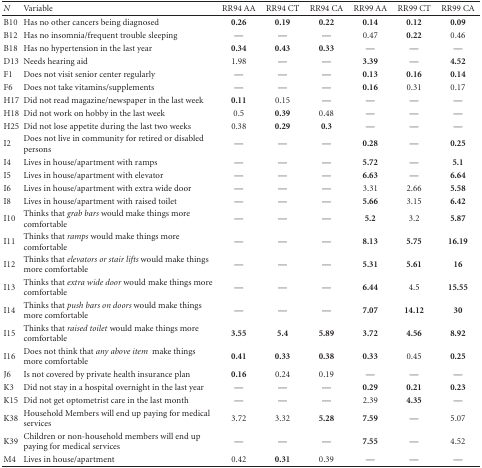
<table><thead><tr><td><b><i>N</i></b></td><td><b>Variable</b></td><td><b>RR94 AA</b></td><td><b>RR94 CT</b></td><td><b>RR94 CA</b></td><td><b>RR99 AA</b></td><td><b>RR99 CT</b></td><td><b>RR99 CA</b></td></tr></thead><tbody><tr><td>B10</td><td>Has no other cancers being diagnosed</td><td><b>0.26</b></td><td><b>0.19</b></td><td><b>0.22</b></td><td><b>0.14</b></td><td><b>0.12</b></td><td><b>0.09</b></td></tr><tr><td>B12</td><td>Has no insomnia/frequent trouble sleeping</td><td>—</td><td>—</td><td>—</td><td>0.47</td><td><b>0.22</b></td><td>0.46</td></tr><tr><td>B18</td><td>Has no hypertension in the last year</td><td><b>0.34</b></td><td><b>0.43</b></td><td><b>0.33</b></td><td>—</td><td>—</td><td>—</td></tr><tr><td>D13</td><td>Needs hearing aid</td><td>1.98</td><td>—</td><td>—</td><td><b>3.39</b></td><td>—</td><td><b>4.52</b></td></tr><tr><td>F1</td><td>Does not visit senior center regularly</td><td>—</td><td>—</td><td>—</td><td><b>0.13</b></td><td><b>0.16</b></td><td><b>0.14</b></td></tr><tr><td>F6</td><td>Does not take vitamins/supplements</td><td>—</td><td>—</td><td>—</td><td><b>0.16</b></td><td>0.31</td><td>0.17</td></tr><tr><td>H17</td><td>Did not read magazine/newspaper in the last week</td><td><b>0.11</b></td><td>0.15</td><td>—</td><td>—</td><td>—</td><td>—</td></tr><tr><td>H18</td><td>Did not work on hobby in the last week</td><td>0.5</td><td><b>0.39</b></td><td>0.48</td><td>—</td><td>—</td><td>—</td></tr><tr><td>H25</td><td>Did not lose appetite during the last two weeks</td><td>0.38</td><td><b>0.29</b></td><td><b>0.3</b></td><td>—</td><td>—</td><td>—</td></tr><tr><td>I2</td><td>Does not live in community for retired or disabled persons</td><td>—</td><td>—</td><td>—</td><td><b>0.28</b></td><td>—</td><td><b>0.25</b></td></tr><tr><td>I4</td><td>Lives in house/apartment with ramps</td><td>—</td><td>—</td><td>—</td><td><b>5.72</b></td><td>—</td><td><b>5.1</b></td></tr><tr><td>I5</td><td>Lives in house/apartment with elevator</td><td>—</td><td>—</td><td>—</td><td><b>6.63</b></td><td>—</td><td><b>6.64</b></td></tr><tr><td>I6</td><td>Lives in house/apartment with extra wide door</td><td>—</td><td>—</td><td>—</td><td>3.31</td><td>2.66</td><td><b>5.58</b></td></tr><tr><td>I8</td><td>Lives in house/apartment with raised toilet</td><td>—</td><td>—</td><td>—</td><td><b>5.66</b></td><td>3.15</td><td><b>6.42</b></td></tr><tr><td>I10</td><td>Thinks that <i>grab bars</i> would make things more comfortable</td><td>—</td><td>—</td><td>—</td><td><b>5.2</b></td><td>3.2</td><td><b>5.87</b></td></tr><tr><td>I11</td><td>Thinks that <i>ramps</i> would make things more comfortable</td><td>—</td><td>—</td><td>—</td><td><b>8.13</b></td><td><b>5.75</b></td><td><b>16.19</b></td></tr><tr><td>I12</td><td>Thinks that <i>elevators or stair lifts</i> would make things more comfortable</td><td>—</td><td>—</td><td>—</td><td><b>5.31</b></td><td><b>5.61</b></td><td><b>16</b></td></tr><tr><td>I13</td><td>Thinks that <i>extra wide door</i> would make things more comfortable</td><td>—</td><td>—</td><td>—</td><td><b>6.44</b></td><td>4.5</td><td><b>15.55</b></td></tr><tr><td>I14</td><td>Thinks that <i>push bars on doors</i> would make things more comfortable</td><td>—</td><td>—</td><td>—</td><td><b>7.07</b></td><td><b>14.12</b></td><td><b>30</b></td></tr><tr><td>I15</td><td>Thinks that <i>raised toilet </i>would make things more comfortable</td><td><b>3.55</b></td><td><b>5.4</b></td><td><b>5.89</b></td><td><b>3.72</b></td><td><b>4.56</b></td><td><b>8.92</b></td></tr><tr><td>I16</td><td>Does not think that <i>any above item </i> make things more comfortable</td><td><b>0.41</b></td><td><b>0.33</b></td><td><b>0.38</b></td><td><b>0.33</b></td><td>0.45</td><td><b>0.25</b></td></tr><tr><td>J6</td><td>Is not covered by private health insurance plan</td><td><b>0.16</b></td><td>0.24</td><td>0.19</td><td>—</td><td>—</td><td>—</td></tr><tr><td>K3</td><td>Did not stay in a hospital overnight in the last year</td><td>—</td><td>—</td><td>—</td><td><b>0.29</b></td><td><b>0.21</b></td><td><b>0.23</b></td></tr><tr><td>K15</td><td>Did not get optometrist care in the last month</td><td>—</td><td>—</td><td>—</td><td>2.39</td><td><b>4.35</b></td><td>—</td></tr><tr><td>K38</td><td>Household Members will end up paying for medical services</td><td>3.72</td><td>3.32</td><td><b>5.28</b></td><td><b>7.59</b></td><td>—</td><td>5.07</td></tr><tr><td>K39</td><td>Children or non-household members will end up paying for medical services</td><td>—</td><td>—</td><td>—</td><td><b>7.55</b></td><td>—</td><td>4.52</td></tr><tr><td>M4</td><td>Lives in house/apartment</td><td>0.42</td><td><b>0.31</b></td><td>0.39</td><td>—</td><td>—</td><td>—</td></tr></tbody></table>